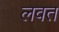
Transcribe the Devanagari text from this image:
लवत